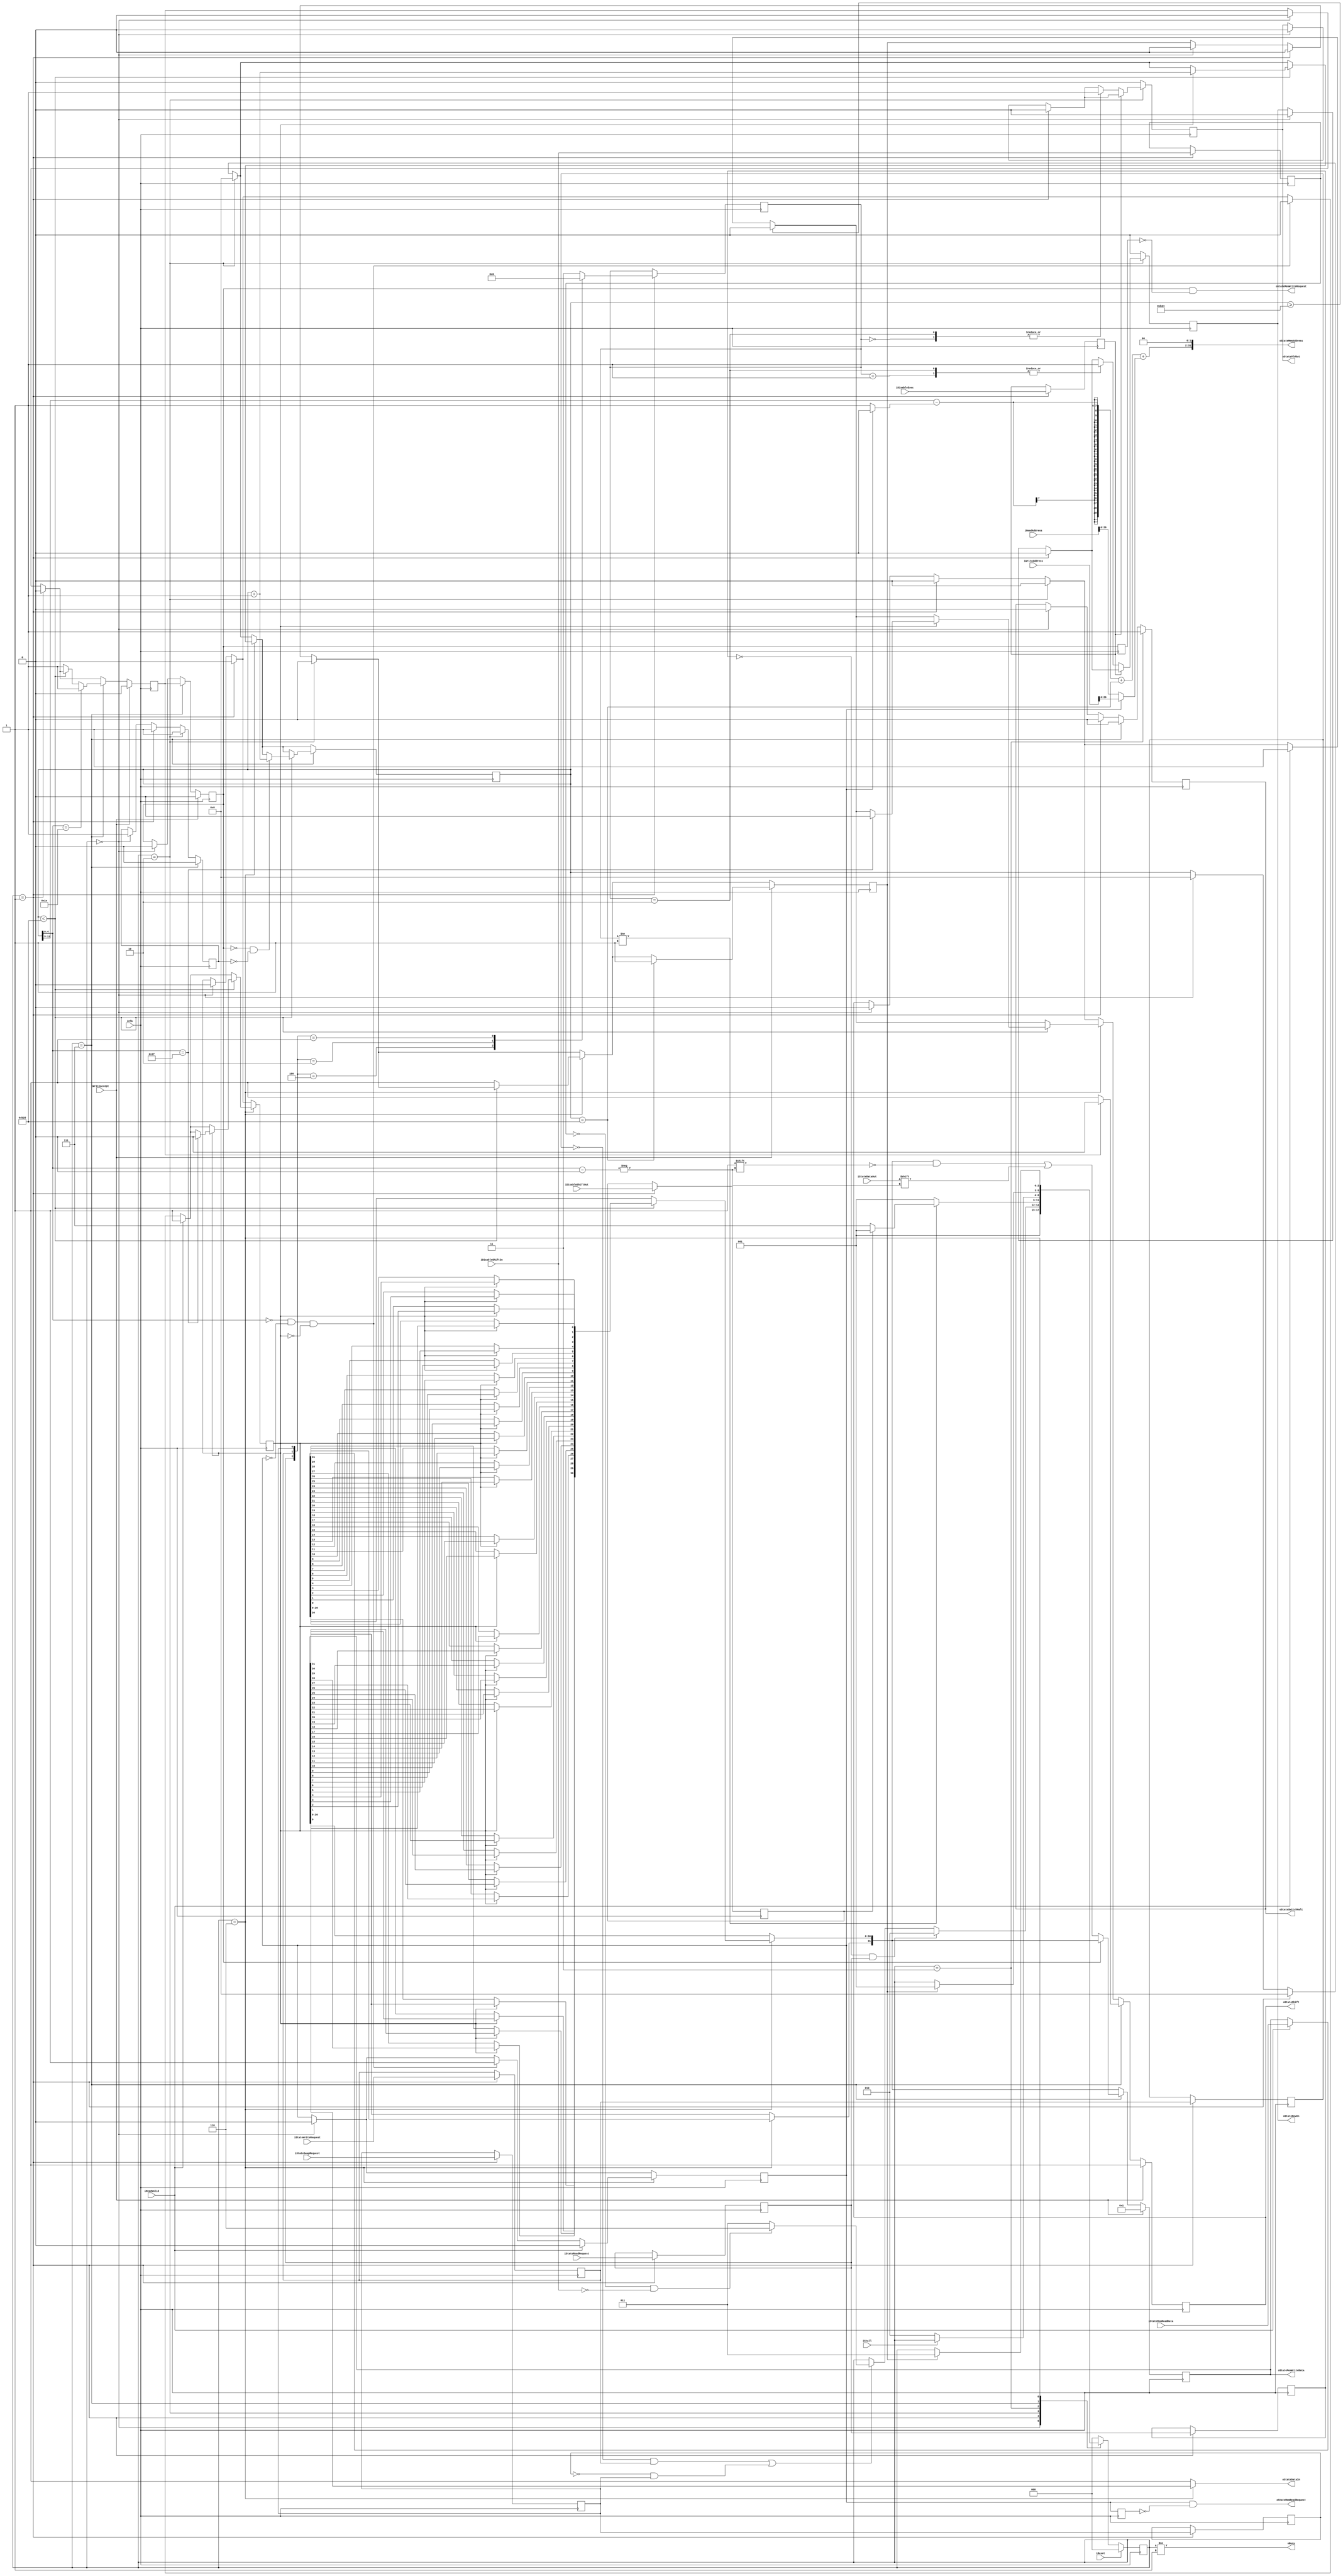
module STATE_CONTROLLER
#(
	parameter INTERFACE_WIDTH = 32,
	parameter INTERFACE_ADDR_WIDTH = 32,
	parameter STATE_BITS = 2853
)
(
	input iClk,
	input iReset,
	input iStall,
	
	//SC control signals
	input iStateReadRequest,
	input iStateWriteRequest,
	input iStateSwapRequest,	
	
	input iDisableShiftIn,
	input iDisableShiftOut,
	input iDisableExec,
	
	input [INTERFACE_WIDTH-1:0] iReadAddress,
	input [INTERFACE_WIDTH-1:0] iWriteAddress,
	
	//control signals for the state scan chain
	output oStateSwitchHalt,
	output oBusy,
		
	input iStateDataOut,
	output oStateDataIn,
	
	output oStateShift,
	output oStateNewIn,
	output oStateOldOut,	
	
	//memory control signals
	output oStateMemReadRequest,
	output oStateMemWriteRequest,
	output [INTERFACE_ADDR_WIDTH-1:0]  oStateMemAddress,
	output [INTERFACE_WIDTH-1:0] oStateMemWriteData,
	input [INTERFACE_WIDTH-1:0] iStateMemReadData,
	input iWriteAccept,
	input iReadValid
	
);	
	function integer CLogB2;
		input [31:0] Depth;
		integer i;
		begin
			i = Depth;		
			for(CLogB2 = 0; i > 0; CLogB2 = CLogB2 + 1)
				i = i >> 1;
		end
	endfunction	
	
	localparam INTERFACE_WIDTH_LOG2 = CLogB2(INTERFACE_WIDTH-1);
	localparam INTERFACE_WIDTH_ENABLES = CLogB2(INTERFACE_WIDTH/8-1);
	
	localparam FSM_WIDTH = 3;
	localparam FSM_STATE_RESET = 3'b000;
	localparam FSM_STATE_IDLE = 3'b001;	
	localparam FSM_STATE_SETSIG = 3'b010;
	localparam FSM_STATE_WAITMEM = 3'b011;
	localparam FSM_STATE_SHIFTIN = 3'b110;
	localparam FSM_STATE_SHIFTOUT = 3'b111;
	
	localparam TYPE_READ = 2'b00;
	localparam TYPE_WRITE = 2'b01;
	localparam TYPE_SWAP = 2'b10;
	localparam TYPE_INVALID = 2'b11;		

	localparam STATE_BITS_WIDTH = CLogB2(STATE_BITS);			

	reg rStateShift;
	reg rNewStateIn;
	reg rOldStateOut;
	
	reg rStateReadRequest;	
	reg rStateWriteRequest;
	reg rStateSwapRequest;

	reg rStateReadRequest_prev;	
	reg rStateWriteRequest_prev;
	reg rStateSwapRequest_prev;

	reg rDisableShiftIn;
	reg rDisableShiftOut;
	reg rDisableExec;
		
	reg [FSM_WIDTH-1:0] rState;
	reg [FSM_WIDTH-1:0] rStateNext;
	reg [1:0] rType;
	reg rSwitchHalt;
	reg [STATE_BITS_WIDTH-1:0] rShiftCount;
	reg [INTERFACE_WIDTH-1:0] rSubState;
	reg rFirstBit;
	reg rWriteRequest;
	reg rReadRequest;
	
	reg rWriteRequest_prev;
	reg rReadRequest_prev;
	
	reg rHaltShift;
	reg rShiftDone;
	reg rProcessRead;
			
	wire wWriteAccept = iWriteAccept;
	wire wReadValid = iReadValid;
	wire [INTERFACE_WIDTH-1:0] wDataIn;
	
	assign oStateDataIn = (rState == FSM_STATE_SHIFTIN) ? rSubState[0] : 1'b1;		
	assign oStateShift = rStateShift;
	assign oStateNewIn = rNewStateIn;
	assign oStateOldOut = rOldStateOut;
	assign oStateSwitchHalt = rSwitchHalt;
			
	always @(posedge iClk)
	begin
		if (!iReset)
			rState <= rStateNext;
		else			
			rState <= FSM_STATE_RESET;
	end
	
	always @(rState or iReset or rStateReadRequest or rStateWriteRequest or rStateSwapRequest or iStateReadRequest or iStateWriteRequest or iStateSwapRequest or rType or iStall or rShiftCount or rShiftDone or rDisableShiftIn or rDisableShiftOut or iDisableShiftIn or rStateReadRequest_prev or rStateWriteRequest_prev or rStateSwapRequest_prev)
	begin
		case (rState)
			FSM_STATE_RESET:
				begin
					if (!iReset)
						rStateNext <= FSM_STATE_IDLE;
					else
						rStateNext <= rState;						
				end
				
			FSM_STATE_IDLE:
				begin										
					if (!rStateReadRequest_prev & rStateReadRequest)
						rStateNext <= FSM_STATE_SETSIG;
					else if  ((!rStateWriteRequest_prev & rStateWriteRequest) | (!rStateSwapRequest_prev & rStateSwapRequest))
						if (!rDisableShiftIn & !iDisableShiftIn)
							rStateNext <= FSM_STATE_SHIFTIN;
						else
							rStateNext <= FSM_STATE_WAITMEM;
					else
						rStateNext <= rState;					
				end
				
			FSM_STATE_SETSIG:
				begin
					
					if (rType != TYPE_WRITE)
						if (!rDisableShiftOut)
							rStateNext <= FSM_STATE_SHIFTOUT;
						else
							rStateNext <= FSM_STATE_IDLE;						
					else
						rStateNext <= FSM_STATE_IDLE;
				end
			
			FSM_STATE_WAITMEM: //wait for all memory operations to complete if we are going to write a new state
				begin					
					if (|iStall == 1) 
						rStateNext <= rState;
					else						
						rStateNext <= FSM_STATE_SETSIG;					
				end

			FSM_STATE_SHIFTOUT:
				begin					
					if (rShiftDone)
						rStateNext <= FSM_STATE_IDLE;					
					else						
						rStateNext <= rState;
				end
							
			FSM_STATE_SHIFTIN:
				begin
					if (rShiftDone)
						rStateNext <= FSM_STATE_WAITMEM;
					else	
						rStateNext <= rState;
				end				
				
			default:
				begin
					rStateNext <= FSM_STATE_RESET;									
				end
		endcase
	end
	
	integer gInternalShift;
	
	always @(posedge iClk)
	begin
	
		rWriteRequest_prev <= rWriteRequest;
		rReadRequest_prev <= rReadRequest;
		
		if (rState == FSM_STATE_RESET)
			begin
				rSwitchHalt <= 0;
				rFirstBit <= 1;
				rShiftCount <= 0;
				rOldStateOut <= 0;
				rNewStateIn <= 0;		
				rStateShift <= 0;		
				rWriteRequest <= 0;
				rHaltShift <= 0;
				rShiftDone <= 0;
				rProcessRead <= 0;
				rReadRequest <= 0;
			end
			
		if (rState == FSM_STATE_IDLE)
			begin
				rSwitchHalt <= 0;
				rShiftCount <= 0;
				rFirstBit <= 1;
				rOldStateOut <= 0;
				rNewStateIn <= 0;		
				rStateShift <= 0;						
				rHaltShift <= 0;
				rShiftDone <= 0;
				rProcessRead <= 0;
				
				rStateReadRequest <= iStateReadRequest;
				rStateWriteRequest <= iStateWriteRequest;
				rStateSwapRequest <= iStateSwapRequest;

				rStateReadRequest_prev <= rStateReadRequest;
				rStateWriteRequest_prev <= rStateWriteRequest;
				rStateSwapRequest_prev <= rStateSwapRequest;
				
				rDisableShiftIn <= iDisableShiftIn;
				rDisableShiftOut <= iDisableShiftOut;
				rDisableExec <= iDisableExec;
			
				case ({rStateReadRequest, rStateWriteRequest, rStateSwapRequest})
					3'b100: rType <= TYPE_READ;
					3'b010: rType <= TYPE_WRITE;
					3'b001: rType <= TYPE_SWAP;
					default: rType <= TYPE_INVALID;											
				endcase
			end
			
		if (rState == FSM_STATE_SETSIG)
			begin				
				rShiftDone <= 0;
				rShiftCount <= 0;
				rFirstBit <= 1;
				rStateShift <= 0;	
				
				if (!rDisableExec)
					case (rType)
						TYPE_READ: rOldStateOut <= 1'b1;
						TYPE_WRITE: rNewStateIn <= 1'b1;
						TYPE_SWAP:
							begin
								rOldStateOut <= 1'b1;
								rNewStateIn <= 1'b1;
							end
					endcase
			end
		else
			begin
				rOldStateOut <= 1'b0;
				rNewStateIn <= 1'b0;
			end
			
		if (rState == FSM_STATE_SHIFTIN)	
			begin
			
				if (rShiftCount[INTERFACE_WIDTH_LOG2-1:0] == 0 & !rReadRequest & !rProcessRead)
					begin
						rReadRequest <= 1;
						rProcessRead <= 0;
					end					
				
				if (wReadValid)
					begin
						rReadRequest <= 0;						
						rSubState <= wDataIn;
						rProcessRead <= 1;
						rStateShift <= 1;
					end
				
				if (rShiftCount >= STATE_BITS-1)
					rStateShift <= 0;
				
				if (rShiftCount < STATE_BITS)
					begin										
							if (rProcessRead)
								begin
									if (rShiftCount[INTERFACE_WIDTH_LOG2-1:0] == INTERFACE_WIDTH-1)
										begin
											rProcessRead <=0;
											rStateShift <= 0;
										end
										
									rShiftCount <= rShiftCount + 1'd1;			
									
									for (gInternalShift=1; gInternalShift<INTERFACE_WIDTH; gInternalShift=gInternalShift+1)
										begin
											rSubState[gInternalShift-1] <= rSubState[gInternalShift];
										end
								end
					end										
				else
					begin						
						rShiftDone <= 1;
					end			
			end
			
		if (rState == FSM_STATE_SHIFTOUT)	
			begin
				rSwitchHalt <= 0;				
				rFirstBit <= 0;
				
				if (rShiftCount < STATE_BITS)
					begin
						if (!rWriteRequest & !rFirstBit)																						
								rShiftCount <= rShiftCount + 1'd1;															
					end
				else
					begin
						rStateShift <= 1'b0;						
						rWriteRequest <= 1'b1;					
						rHaltShift <= 1'b1;
					end
																	
				if (rShiftCount[INTERFACE_WIDTH_LOG2-1:0] == INTERFACE_WIDTH-2)
					begin
						rHaltShift <= 1;						
					end
					
				if (!rHaltShift)
					begin
						rStateShift <= 1;						
					end
				else
					rStateShift <= 0;
					
				rWriteRequest <= rHaltShift;
					
				if (!rWriteRequest)
					begin						
						rSubState[rShiftCount[INTERFACE_WIDTH_LOG2-1:0]] <= iStateDataOut ;						
					end				
					
			end
			
		if (rState == FSM_STATE_WAITMEM)
			begin
				rSwitchHalt <= 1;
			end
	
		if (wWriteAccept)
			begin
				rSubState <= 32'b1;
				rWriteRequest <= 0;
				rHaltShift <= 0;
				rStateShift <= 1;		
				
				if (rShiftCount == STATE_BITS)
					rShiftDone <= 1;
			end			
	end
	
	assign oStateMemWriteData= rSubState;
	assign oStateMemAddress = {(rShiftCount[STATE_BITS_WIDTH-1:5]-(rReadRequest ? 0: 1)+(rShiftCount == STATE_BITS) + (rReadRequest ? iWriteAddress: iReadAddress)), {(INTERFACE_WIDTH_ENABLES){1'b0}}};	
	assign wDataIn = iStateMemReadData;
	assign oStateMemReadRequest = rReadRequest & !rReadRequest_prev;
	assign oStateMemWriteRequest = rWriteRequest & !rWriteRequest_prev;
	assign oBusy = (rState != FSM_STATE_IDLE);
		
endmodule